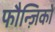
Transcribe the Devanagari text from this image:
फौन्ज़िको